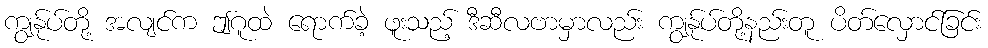
ကျွန်ုပ်တို့ အလျင်က ဤဂူထဲ ရောက်ခဲ့ ဖူးသည့် ဒီဆီလဗာမှာလည်း ကျွန်ုပ်တို့နည်းတူ ပိတ်လှောင်ခြင်း